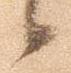
候